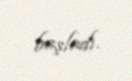
başladı.